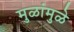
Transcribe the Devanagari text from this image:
मुळांमुळे